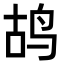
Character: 鸪